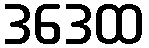
ဒဒေထ